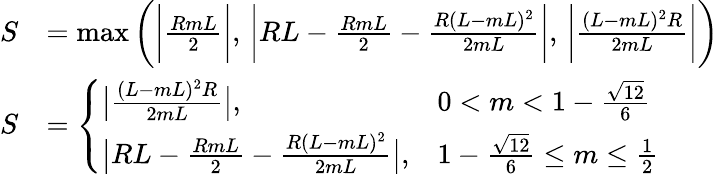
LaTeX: \begin{array}{rl}{S}&{=\operatorname*{max}\bigg(\bigg|\frac{RmL}{2}\bigg|,\, \bigg|RL-\frac{RmL}{2}-\frac{R(L-mL)^{2}}{2mL}\bigg|,\, \bigg|\frac{(L-mL)^{2}R}{2mL}\bigg|\bigg)}\\ {S}&{=\left\{ \begin{array}{ll}{\big|\frac{(L-mL)^{2}R}{2mL}\big|,}&{0<m<1-\frac{\sqrt{12}}{6}}\\ {\big|RL-\frac{RmL}{2}-\frac{R(L-mL)^{2}}{2mL}\big|,}&{1-\frac{\sqrt{12}}{6}\leq m\leq\frac{1}{2}}\end{array}\right.}\end{array}